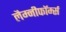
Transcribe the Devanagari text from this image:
लैम्नीफॉर्म्स